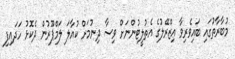
މުބާރާތުގައި ބައިވެރިވާ އިޒްރޭލުގެ އެތުލީޓުންނަށް ވިސާ ދިނުމަށް ކުއާލަ ލަމްޕޫރުން ދެކޮޅު ހަދައިފި